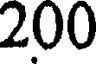
200